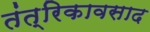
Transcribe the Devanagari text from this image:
तंत्रिकावसाद